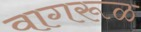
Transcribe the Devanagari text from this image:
वागरूळ